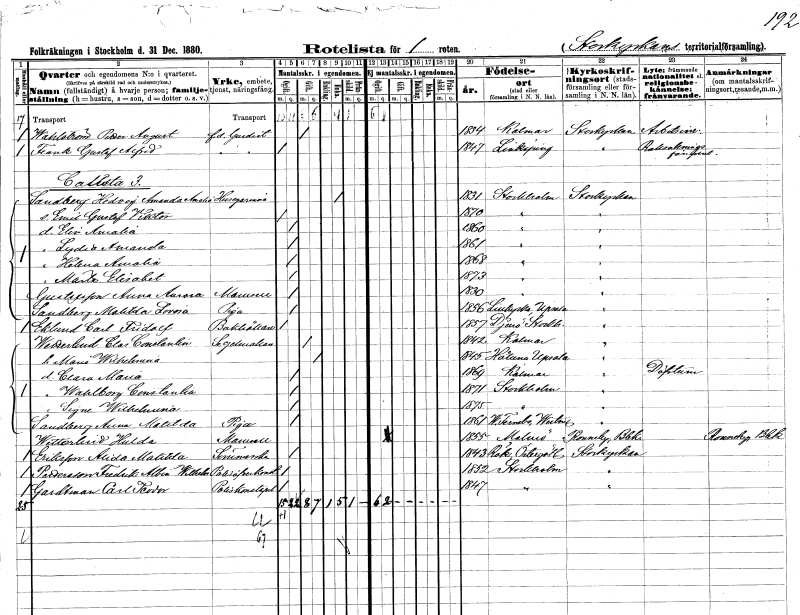
gt_parse: households: individuals: FN: Petter August
EN: Wahlström
YRKE: Gardist f.d.
KON: M
CIV: G
FODAR: 1834
FODFORS: Kalmar Kalmar län
FN: Gustaf Alfred
EN: Frank
YRKE: Gardist f.d.
KON: M
CIV: O
FODAR: 1847
FODFORS: Linköping Östergötlands län
FN: Hedvig Amanda Amalia
EN: Sandberg
YRKE: Husägarinna
KON: K
CIV: E
FODAR: 1831
FODFORS: Stockholm
FN: Emil Gustaf Viktor
KON: M
CIV: O
FODAR: 1870
FODFORS: Stockholm
FN: Elin Amalia
KON: K
CIV: O
FODAR: 1860
FODFORS: Stockholm
FN: Lydia Amanda
KON: K
CIV: O
FODAR: 1861
FODFORS: Stockholm
FN: Helena Amalia
KON: K
CIV: O
FODAR: 1868
FODFORS: Stockholm
FN: Märta Elisabet
KON: K
CIV: O
FODAR: 1873
FODFORS: Stockholm
FN: Anna Aurora
EN: Gustafsson
KON: K
CIV: O
FODAR: 1830
FODFORS: Stockholm
FN: Matilda Lovisa
EN: Sandberg
YRKE: Piga
KON: K
CIV: O
FODAR: 1856
FODFORS: Lillkyrka Uppsala län
FN: Carl Fridolf
EN: Eklund
YRKE: Bokhållare
KON: M
CIV: O
FODAR: 1857
FODFORS: Djurö Stockholms län
FN: Clas Constantin
EN: Wetterlind
YRKE: Segelmakare
KON: M
CIV: G
FODAR: 1842
FODFORS: Kalmar Kalmar län
FN: Maria Wilhelmina
KON: K
CIV: G
FODAR: 1845
FODFORS: Håtuna Stockholms län
FN: Clara Maria
KON: K
CIV: O
FODAR: 1869
FODFORS: Kalmar Kalmar län
FN: Wahlborg Constantia
KON: K
CIV: O
FODAR: 1871
FODFORS: Stockholm
FN: Signe Wilhelmina
KON: K
CIV: O
FODAR: 1875
FODFORS: Stockholm
FN: Anna Matilda
EN: Sandberg
YRKE: Piga
KON: K
CIV: O
FODAR: 1861
FODFORS: Västerfärnebo Västmanlands län
FN: Hulda
EN: Wetterlind
KON: K
CIV: O
FODAR: 1855
FODFORS: Malmö Malmöhus län
FN: Alida Matilda
EN: Eriksson
YRKE: Sömmerska
KON: K
CIV: O
FODAR: 1843
FODFORS: Rök Östergötlands län
FN: Fredrik Albin Wilhelm
EN: Pettersson
YRKE: Polisöverkonstapel
KON: M
CIV: O
FODAR: 1852
FODFORS: Stockholm
FN: Carl Teodor
EN: Gardtman
YRKE: Poliskonstapel
KON: M
CIV: O
FODAR: 1847
FODFORS: Stockholm